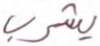
يشرب